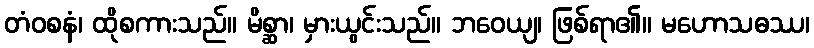
တံဝစနံ၊ ထိုစကားသည်။ မိစ္ဆာ၊ မှားယွင်းသည်။ ဘဝေယျ၊ ဖြစ်ရာ၏။ မဟောသဓဿ၊